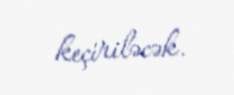
keçiriləcək.